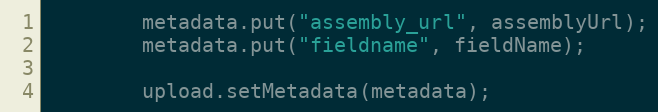
Language: Java
        metadata.put("assembly_url", assemblyUrl);
        metadata.put("fieldname", fieldName);

        upload.setMetadata(metadata);